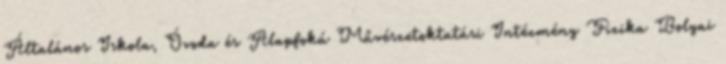
Általános Iskola, Óvoda és Alapfokú Művészetoktatási Intézmény Fizika Bolyai